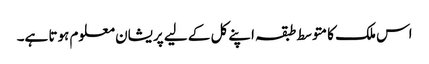
اس ملک کا متوسط طبقہ اپنے کل کے لیے پریشان معلوم ہوتا ہے۔